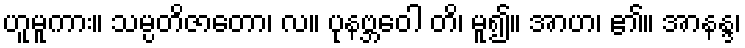
ဟူမူကား။ သမ္ပတိဇာတော၊ လ။ ပုနဗ္ဘဝေါ တိ၊ မူ၍။ အာဟ၊ ၏။ အာနန္ဒ၊